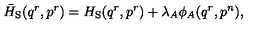
\bar { H } _ { \mathrm { S } } ( q ^ { r } , p ^ { r } ) = H _ { \mathrm { S } } ( q ^ { r } , p ^ { r } ) + \lambda _ { A } \phi _ { A } ( q ^ { r } , p ^ { n } ) ,